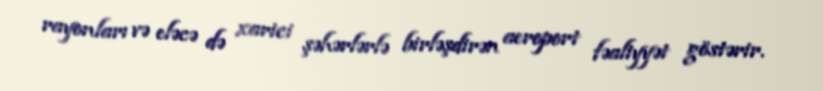
rayonları və eləcə də xarici şəhərlərlə birləşdirən aeroport fəaliyyət göstərir.